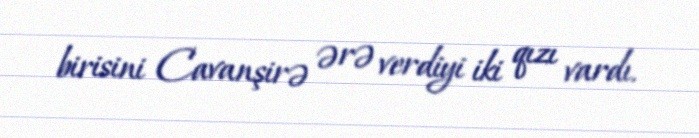
birisini Cavanşirə ərə verdiyi iki qızı vardı.